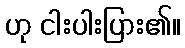
ဟု ငါးပါးပြား၏။